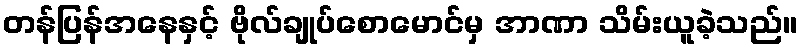
တန်ပြန်အနေနှင့် ဗိုလ်ချုပ်စောမောင်မှ အာဏာ သိမ်းယူခဲ့သည်။